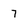
Character: 7